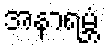
အနာရမ္ဘံ